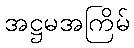
အဋ္ဌမအကြိမ်